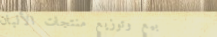
بيع وتوزيع منتجات الألبان